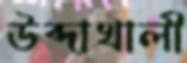
উব্দাখালী